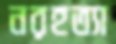
নরহত্যা